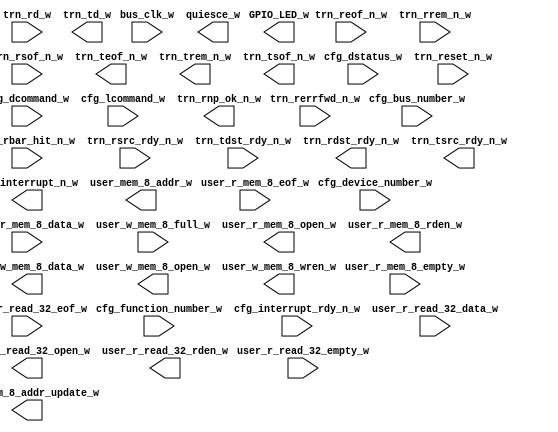
module xillybus_core
  (
  input  bus_clk_w,
  input [7:0] cfg_bus_number_w,
  input [15:0] cfg_dcommand_w,
  input [4:0] cfg_device_number_w,
  input [15:0] cfg_dstatus_w,
  input [2:0] cfg_function_number_w,
  input  cfg_interrupt_rdy_n_w,
  input [15:0] cfg_lcommand_w,
  input [6:0] trn_rbar_hit_n_w,
  input [63:0] trn_rd_w,
  input  trn_reof_n_w,
  input  trn_rerrfwd_n_w,
  input  trn_reset_n_w,
  input [7:0] trn_rrem_n_w,
  input  trn_rsof_n_w,
  input  trn_rsrc_rdy_n_w,
  input  trn_tdst_rdy_n_w,
  input [31:0] user_r_mem_8_data_w,
  input  user_r_mem_8_empty_w,
  input  user_r_mem_8_eof_w,
  input [31:0] user_r_read_32_data_w,
  input  user_r_read_32_empty_w,
  input  user_r_read_32_eof_w,
  input  user_w_mem_8_full_w,
  output [3:0] GPIO_LED_w,
  output  cfg_interrupt_n_w,
  output  quiesce_w,
  output  trn_rdst_rdy_n_w,
  output  trn_rnp_ok_n_w,
  output [63:0] trn_td_w,
  output  trn_teof_n_w,
  output [7:0] trn_trem_n_w,
  output  trn_tsof_n_w,
  output  trn_tsrc_rdy_n_w,
  output  user_mem_8_addr_update_w,
  output [4:0] user_mem_8_addr_w,
  output  user_r_mem_8_open_w,
  output  user_r_mem_8_rden_w,
  output  user_r_read_32_open_w,
  output  user_r_read_32_rden_w,
  output [31:0] user_w_mem_8_data_w,
  output  user_w_mem_8_open_w,
  output  user_w_mem_8_wren_w
);
endmodule